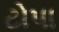
ટોપા